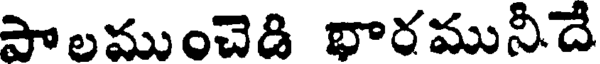
పాలముంచెడి భారమునీదే